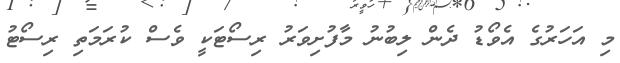
މި އަހަރުގެ އެވޯޑު ދެން ލިބުނު މާފުށިވަރު ރިސޯޓަކީ ވެސް ކުރަމަތި ރިސޯޓު